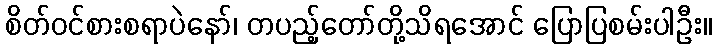
စိတ်ဝင်စားစရာပဲနော်၊ တပည့်တော်တို့သိရအောင် ပြောပြစမ်းပါဦး။